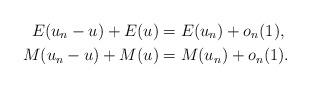
LaTeX: \begin{align*}E(u_n-u)+E(u)&=E(u_n)+o_n(1),\\M(u_n-u)+M(u)&=M(u_n)+o_n(1).\end{align*}